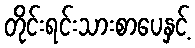
တိုင်းရင်းသားစာပေနှင့်